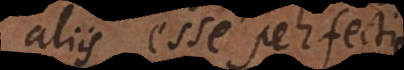
aliis esse perfectiorem: